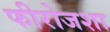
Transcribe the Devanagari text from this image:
फीरोजशा